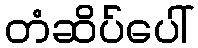
တံဆိပ်ပေါ်